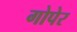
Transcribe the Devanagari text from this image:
गोपेर